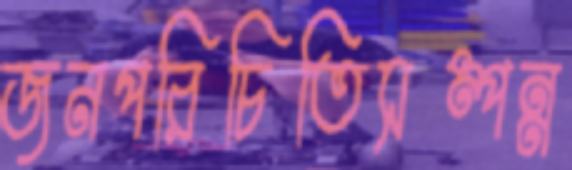
জনপরিচিতিসম্পন্ন